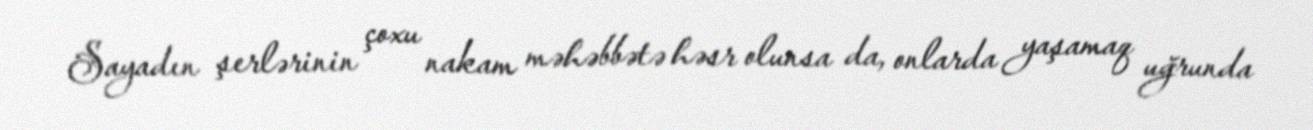
Sayadın şerlərinin çoxu nakam məhəbbətə həsr olunsa da, onlarda yaşamaq uğrunda